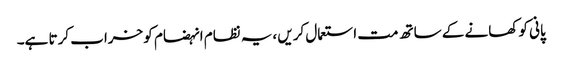
پانی کو کھانے کے ساتھ مت استعمال کریں ،یہ نظام انہضام کو خراب کرتا ہے۔